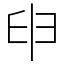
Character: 𦥔